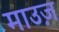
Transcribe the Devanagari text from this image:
माउज़